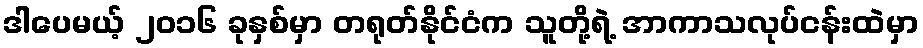
ဒါပေမယ့် ၂၀၁၆ ခုနှစ်မှာ တရုတ်နိုင်ငံက သူတို့ရဲ့ အာကာသလုပ်ငန်းထဲမှာ